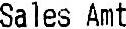
SALES AMT